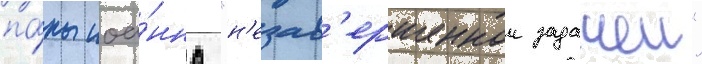
па́пы иоа́нна "н'езав'ершеннои задачеи"